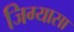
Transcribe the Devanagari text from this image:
जिग्यासा